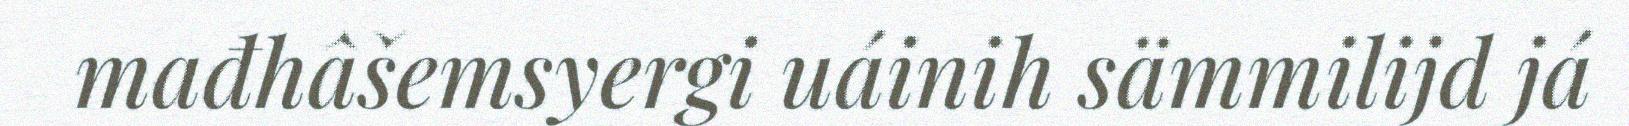
mađhâšemsyergi uáinih sämmilijd já